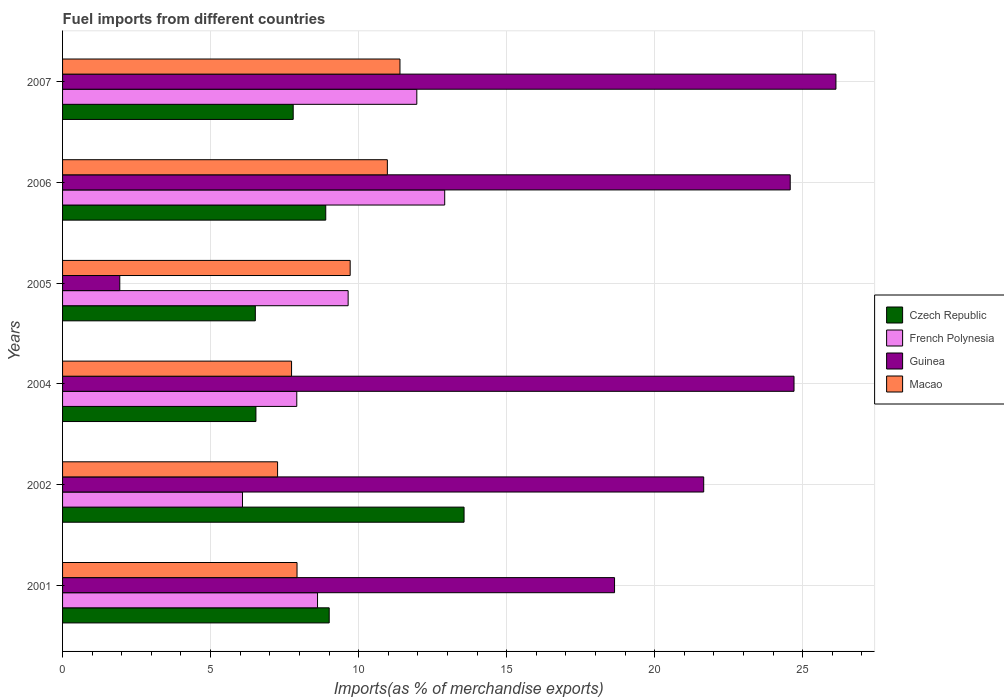
| Years | Czech Republic | French Polynesia | Guinea | Macao |
 | --- | --- | --- | --- | --- |
 | 2001 | 9.01 | 8.61 | 18.6 | 7.92 |
 | 2002 | 13.6 | 6.08 | 21.7 | 7.26 |
 | 2004 | 6.53 | 7.91 | 24.7 | 7.74 |
 | 2005 | 6.51 | 9.65 | 1.93 | 9.72 |
 | 2006 | 8.89 | 12.9 | 24.6 | 11 |
 | 2007 | 7.79 | 12 | 26.1 | 11.4 |